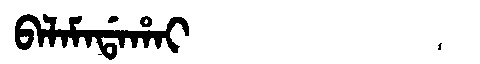
Manchu: ᠪᠠᠯᠠᠮᠠᡩᠠᡥᠠᡳ
Romanization: BALAMADAHAI